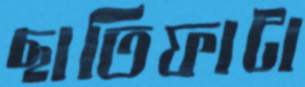
ছাতিফাটা